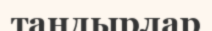
тандырлар